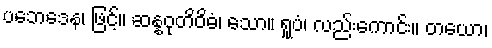
ပဘေဒေန၊ ဖြင့်။ ဆန္နဝုတိဝိဓံ၊ သော။ ရူပံ၊ လည်းကောင်း။ တယော၊